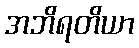
အဘိရတိယာ